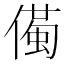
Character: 𱏌